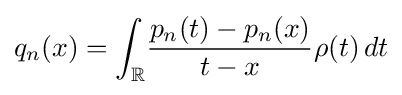
q_{n}(x)=\int _{\mathbb {R} }\!{\frac {p_{n}(t)-p_{n}(x)}{t-x}}\rho (t)\,dt